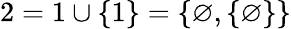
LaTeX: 2=1\cup\{ 1\} =\{ \varnothing,\{ \varnothing\} \}